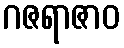
ဂဇရာဇာဝ